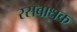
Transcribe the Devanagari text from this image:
रसबाधक